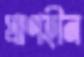
প্রাণহীন